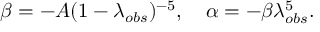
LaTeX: \beta = - A ( 1 - \lambda _ { o b s } ) ^ { - 5 } , \quad \alpha = - \beta \lambda _ { o b s } ^ { 5 } .